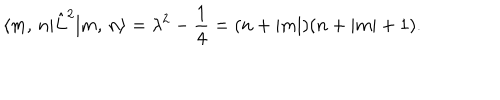
\langle m , \, n | \hat { L } ^ { 2 } | m , \, n \rangle = \lambda ^ { 2 } - \frac 1 4 = ( n + | m | ) ( n + | m | + 1 ) .